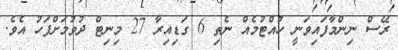
ރޭސް ނިންމާފައިވަނީ ހުއްޓުމެއް ނެތި 6 ގަޑިއިރާ 27 މިނިޓް ދުވުމަށްފަހު އެވެ.